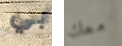
بي معك